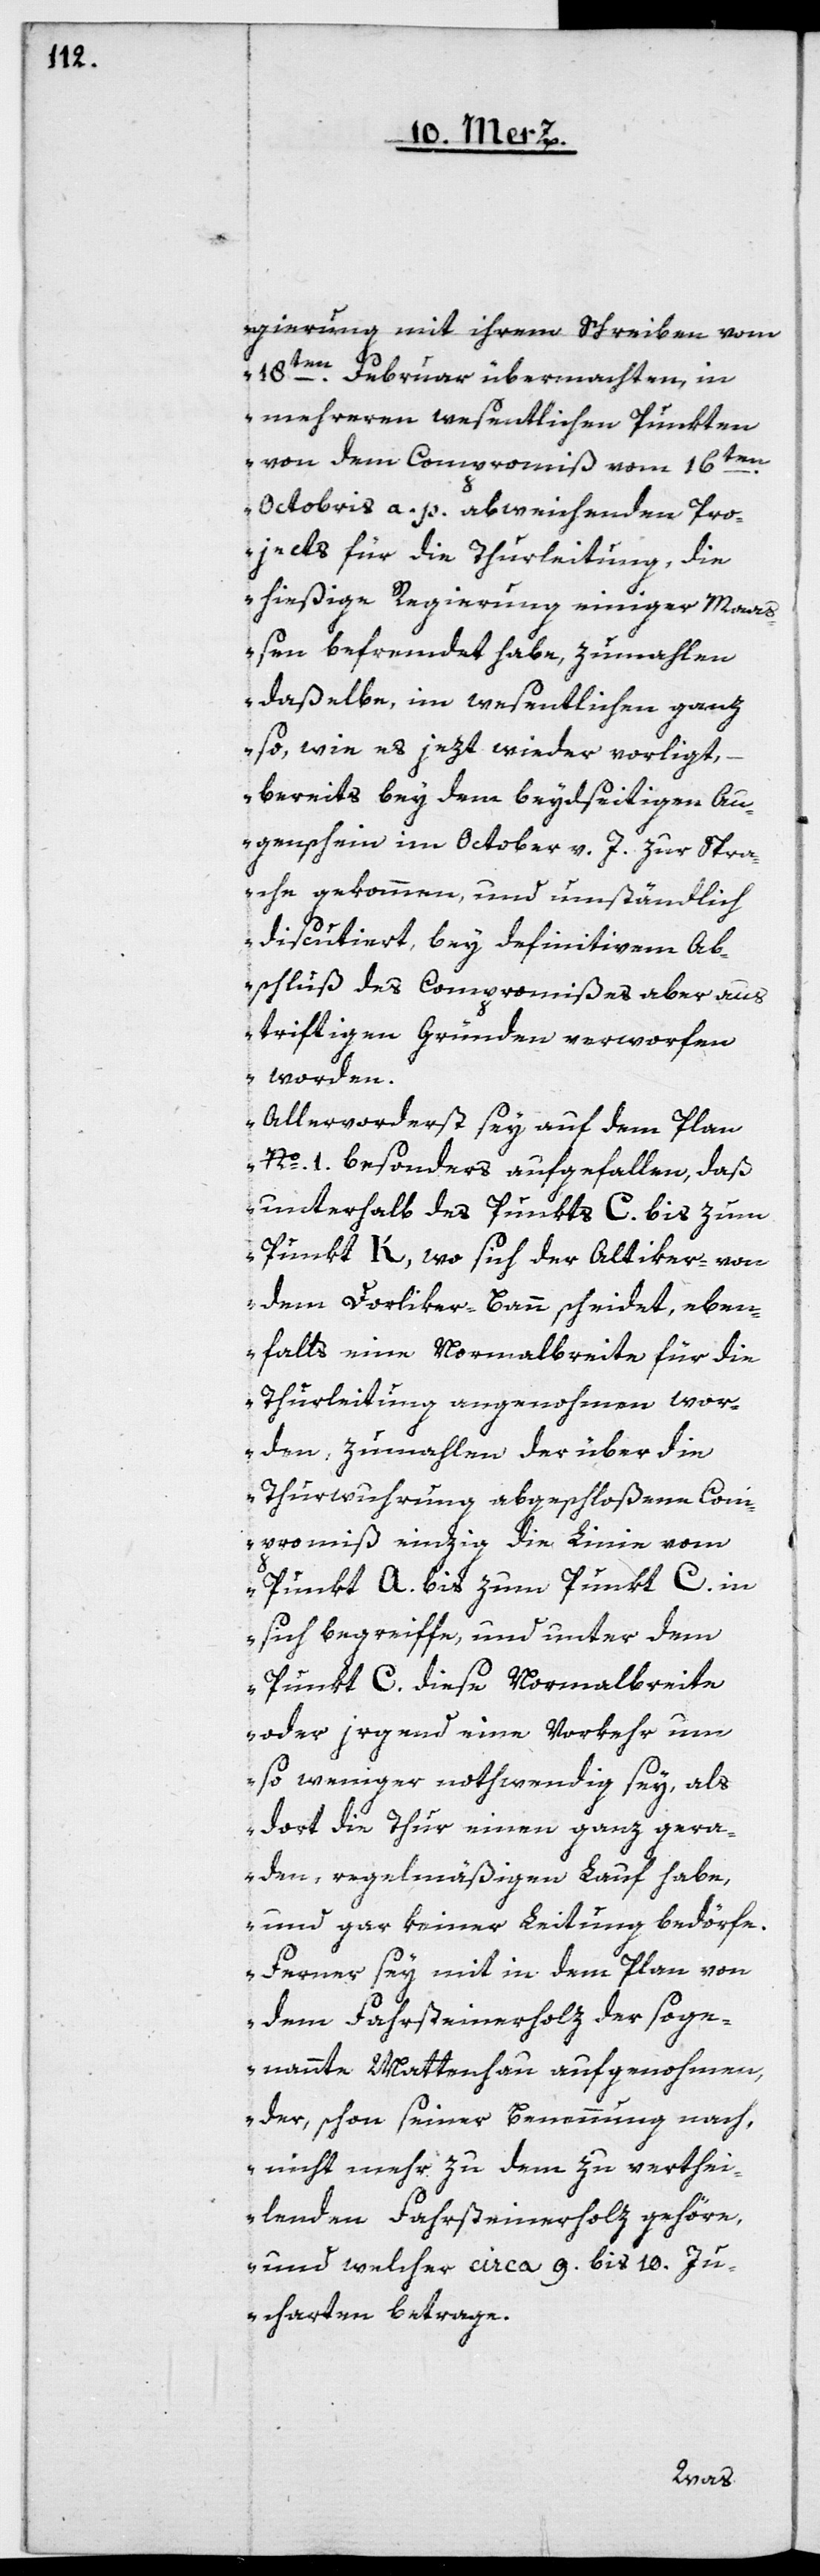
gierung mit ihrem Schreiben vom
18ten Februar übermachten, in
mehreren wesentlichen Punkten
von dem Compromiß vom 16ten
Octobris a. p. abweichenden Pro¬
jects für die Thurleitung, die
hießige Regierung einiger Maaß¬
en befremdet habe, zumahlen
daßelbe, im Wesentlichen ganz
so, wie es jezt wieder vorliegt,
bereits bey dem beydseitigen Au¬
genschein im October v. J. zur Spra¬
che gekommen, und umständlich
discutiert, bey definitivem Ab¬
schluß des Compromißes aber aus
triftigen Gründen verworfen
worden.
Allervorderst sey auf dem Plan
Nº 1. besonders aufgefallen, daß
unterhalb des Punkts C. bis zum
Punkt K, wo sich der Altiker- von
dem Dorliker-Bann scheidet, eben¬
falls eine Normalbreite für die
Thurleitung angenohmen wor¬
den, zumahlen, der über die
Thurwuhrung abgeschlossene Com¬
promiß einzig die Linie vom
Punkt A. bis zum Punkt C. in
sich begreiffe, und unter dem
Punkt C. diese Normalbreite
oder irgend eine Vorkehr um
so weniger nothwendig sey, als
dort die Thur einen ganz gera¬
den, regelmäßigen Lauf habe,
und gar keiner Leitung bedörfe.
Ferner sey mit in dem Plan von
dem Fahrsteinerholz der soge¬
nannte Mattenhau aufgenommen,
der, schon seiner Benennung nach,
nicht mehr zu dem zu verthei¬
lenden Fahrsteinerholz gehöre,
und welcher circa 9. bis 10. Ju¬
charten betrage.